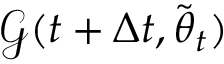
\boldsymbol { \mathcal { G } } ( t + \Delta t , \tilde { { \boldsymbol { \theta } } } _ { t } )